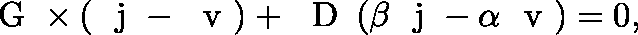
\begin{array} { r } { \mathrm { ~ \boldmath ~ G ~ } \times \left( \mathrm { ~ \boldmath ~ j ~ } - \mathrm { ~ \boldmath ~ v ~ } \right) + \mathrm { ~ \boldmath ~ D ~ } \left( \beta \mathrm { ~ \boldmath ~ j ~ } - \alpha \mathrm { ~ \boldmath ~ v ~ } \right) = 0 , } \end{array}